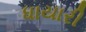
ધાયારી